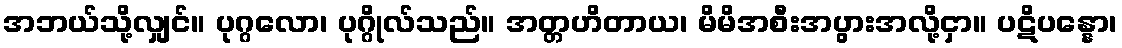
အဘယ်သို့လျှင်။ ပုဂ္ဂလော၊ ပုဂ္ဂိုလ်သည်။ အတ္တဟိတာယ၊ မိမိအစီးအပွားအလို့ငှာ။ ပဋိပန္နော၊